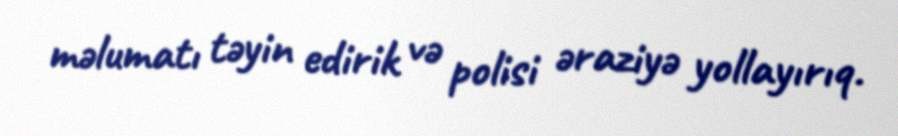
məlumatı təyin edirik və polisi əraziyə yollayırıq.